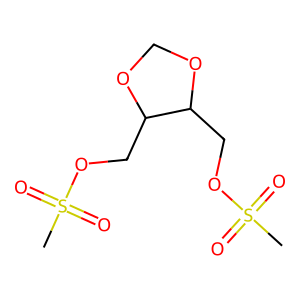
SMILES: CS(=O)(=O)OCC1OCOC1COS(C)(=O)=O
Inhibits HIV replication: No